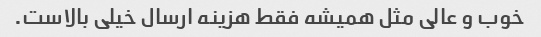
خوب و عالی مثل همیشه فقط هزینه ارسال خیلی بالاست.